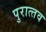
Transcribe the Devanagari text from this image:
पुरात्‍तव